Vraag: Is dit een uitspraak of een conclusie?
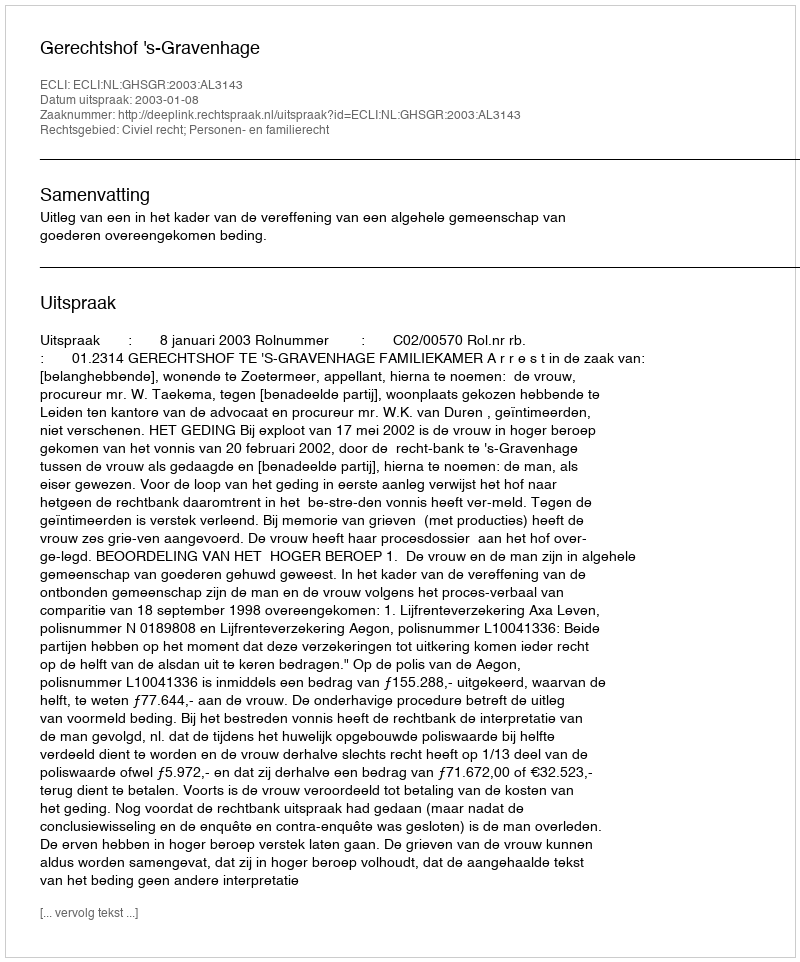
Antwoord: Uitspraak